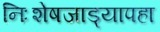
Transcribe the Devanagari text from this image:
निःशेषजाड्यापहा